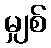
မျှစ်